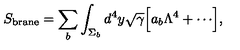
S _ { \mathrm { b r a n e } } = \sum _ { b } \int _ { \Sigma _ { b } } d ^ { 4 } y \sqrt \gamma \Bigl [ a _ { b } \Lambda ^ { 4 } + \cdots \Bigr ] ,